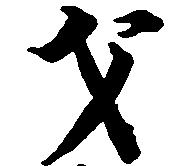
才